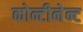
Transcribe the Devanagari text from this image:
कोन्टीनेन्ट